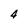
Character: 4